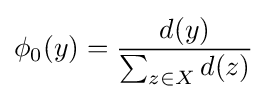
\phi _{0}(y)={\frac {d(y)}{\sum _{z\in X}d(z)}}